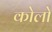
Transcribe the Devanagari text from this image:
कोलो